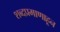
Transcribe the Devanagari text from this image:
शब्दप्रमाणाहून